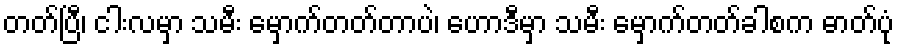
တတ်ပြီ၊ ငါးလမှာ သမီး မှောက်တတ်တာပဲ၊ ဟောဒီမှာ သမီး မှောက်တတ်ခါစက ဓာတ်ပုံ